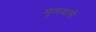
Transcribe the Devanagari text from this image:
मूलवाली